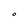
Character: O